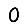
Digit: 0